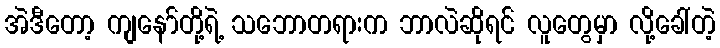
အဲဒီတော့ ကျနော်တို့ရဲ့ သဘောတရားက ဘာလဲဆိုရင် လူတွေမှာ လို့ခေါ်တဲ့